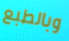
وبالطبع